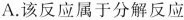
A.该反应属于分解反应